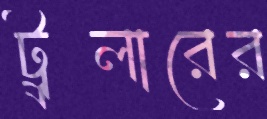
ট্র্রলারের